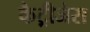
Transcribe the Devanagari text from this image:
कैट्रीजेस